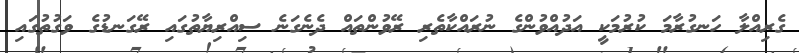
ގެރިއްލާ ހަނގުރާމަ ކުރުމަކީ އަދުއްވުންގެ ނުރައްކާތެރި ރޭވުންތައް ދެނެގަނެ ސިއްރިޔާތުގައި ރޭގަނޑުގެ ވަގުތުގައި